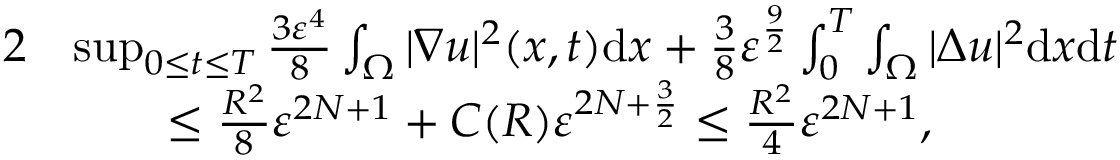
\begin{array} { r l } { { 2 } } & { \operatorname* { s u p } _ { 0 \leq t \leq T } \frac { 3 \varepsilon ^ { 4 } } { 8 } \int _ { \Omega } | \nabla u | ^ { 2 } ( x , t ) \mathrm { d } x + \frac { 3 } { 8 } \varepsilon ^ { \frac { 9 } { 2 } } \int _ { 0 } ^ { T } \int _ { \Omega } | \Delta u | ^ { 2 } \mathrm { d } x \mathrm { d } t } \\ & { \qquad \leq \frac { R ^ { 2 } } { 8 } \ensuremath { \varepsilon } ^ { 2 N + 1 } + C ( R ) \ensuremath { \varepsilon } ^ { 2 N + \frac 3 2 } \leq \frac { R ^ { 2 } } { 4 } \ensuremath { \varepsilon } ^ { 2 N + 1 } , } \end{array}